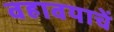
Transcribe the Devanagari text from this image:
वहावयाचें